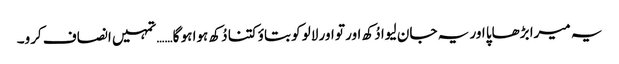
یہ میرا بڑھاپا اور یہ جان لیوا دُکھ اور تو اور لالو کو بتاؤ کتنا دُکھ ہوا ہو گا…… تمہیں انصاف کرو۔